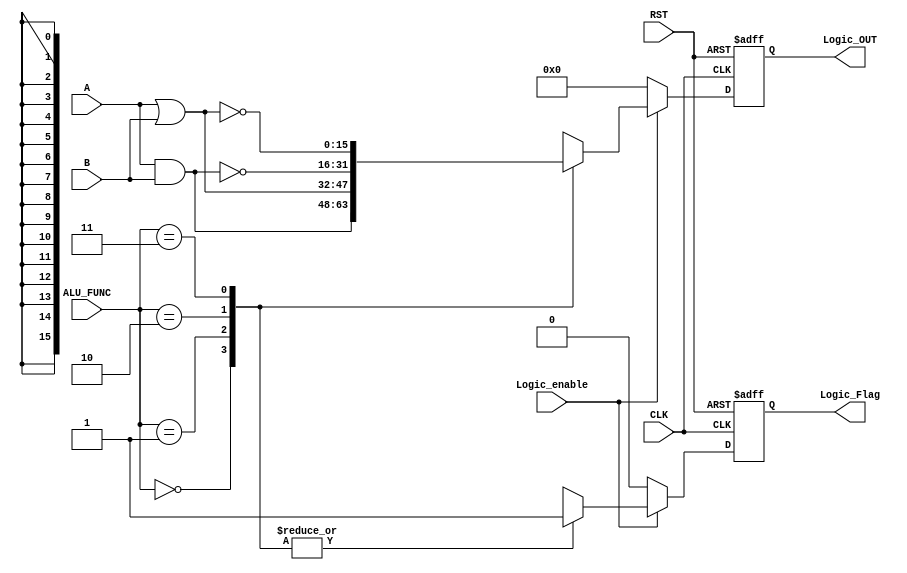
module LOGIC_UNIT 

#( parameter IN_DATA_WIDTH = 16 ,
             OUT_DATA_WIDTH = 16
)
(
input  wire [IN_DATA_WIDTH-1:0]  A   ,
input  wire [IN_DATA_WIDTH-1:0]  B   ,
input  wire [1:0]                ALU_FUNC ,
input  wire                      CLK ,
input  wire                      RST ,
input  wire                      Logic_enable ,
output reg [OUT_DATA_WIDTH-1:0]  Logic_OUT,
output reg                       Logic_Flag
);

//internal signals
reg [OUT_DATA_WIDTH-1:0]  Logic_OUT_comb  ;
reg                       Logic_Flag_comb ;

//sequential always
always @ (posedge CLK or negedge RST)
 begin 
   if (!RST)
     begin
      Logic_OUT  <= 'b0 ;
      Logic_Flag <= 'b0 ;	
	 end
   else
     begin   
      Logic_OUT  <= Logic_OUT_comb ;
      Logic_Flag <= Logic_Flag_comb ;
	 end
 end	 
	

//combinational always	
always @ (*)
 begin 
    Logic_OUT_comb = 1'b0 ;
    Logic_Flag_comb = 1'b0 ;
	if(Logic_enable)
      case (ALU_FUNC)
      2'b00 : begin
              Logic_OUT_comb = A & B ;
              Logic_Flag_comb = 1'b1 ;              
		      end
      2'b01 : begin
              Logic_OUT_comb = A | B ;
              Logic_Flag_comb = 1'b1 ;           
		      end
      2'b10 : begin
              Logic_OUT_comb = ~(A & B) ;
              Logic_Flag_comb = 1'b1 ;           
		      end
      2'b11 : begin
              Logic_OUT_comb = ~(A | B) ;
              Logic_Flag_comb = 1'b1 ;           
		      end
      endcase
	else
	 begin
      Logic_OUT_comb = 1'b0 ;
      Logic_Flag_comb = 1'b0 ;
     end
 end
 
 endmodule